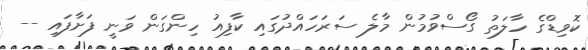
ކޮވިޑްގެ ހާލަތު ގޯސްވުމުން މާލެ ސަރަހައްދުގައި ކާފިއު ހިންގަން ވަނީ ފަށާފައި --